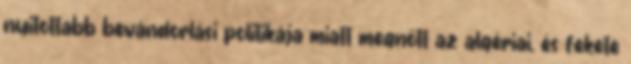
nyitottabb bevándorlási politikája miatt megnőtt az algériai, és fekete